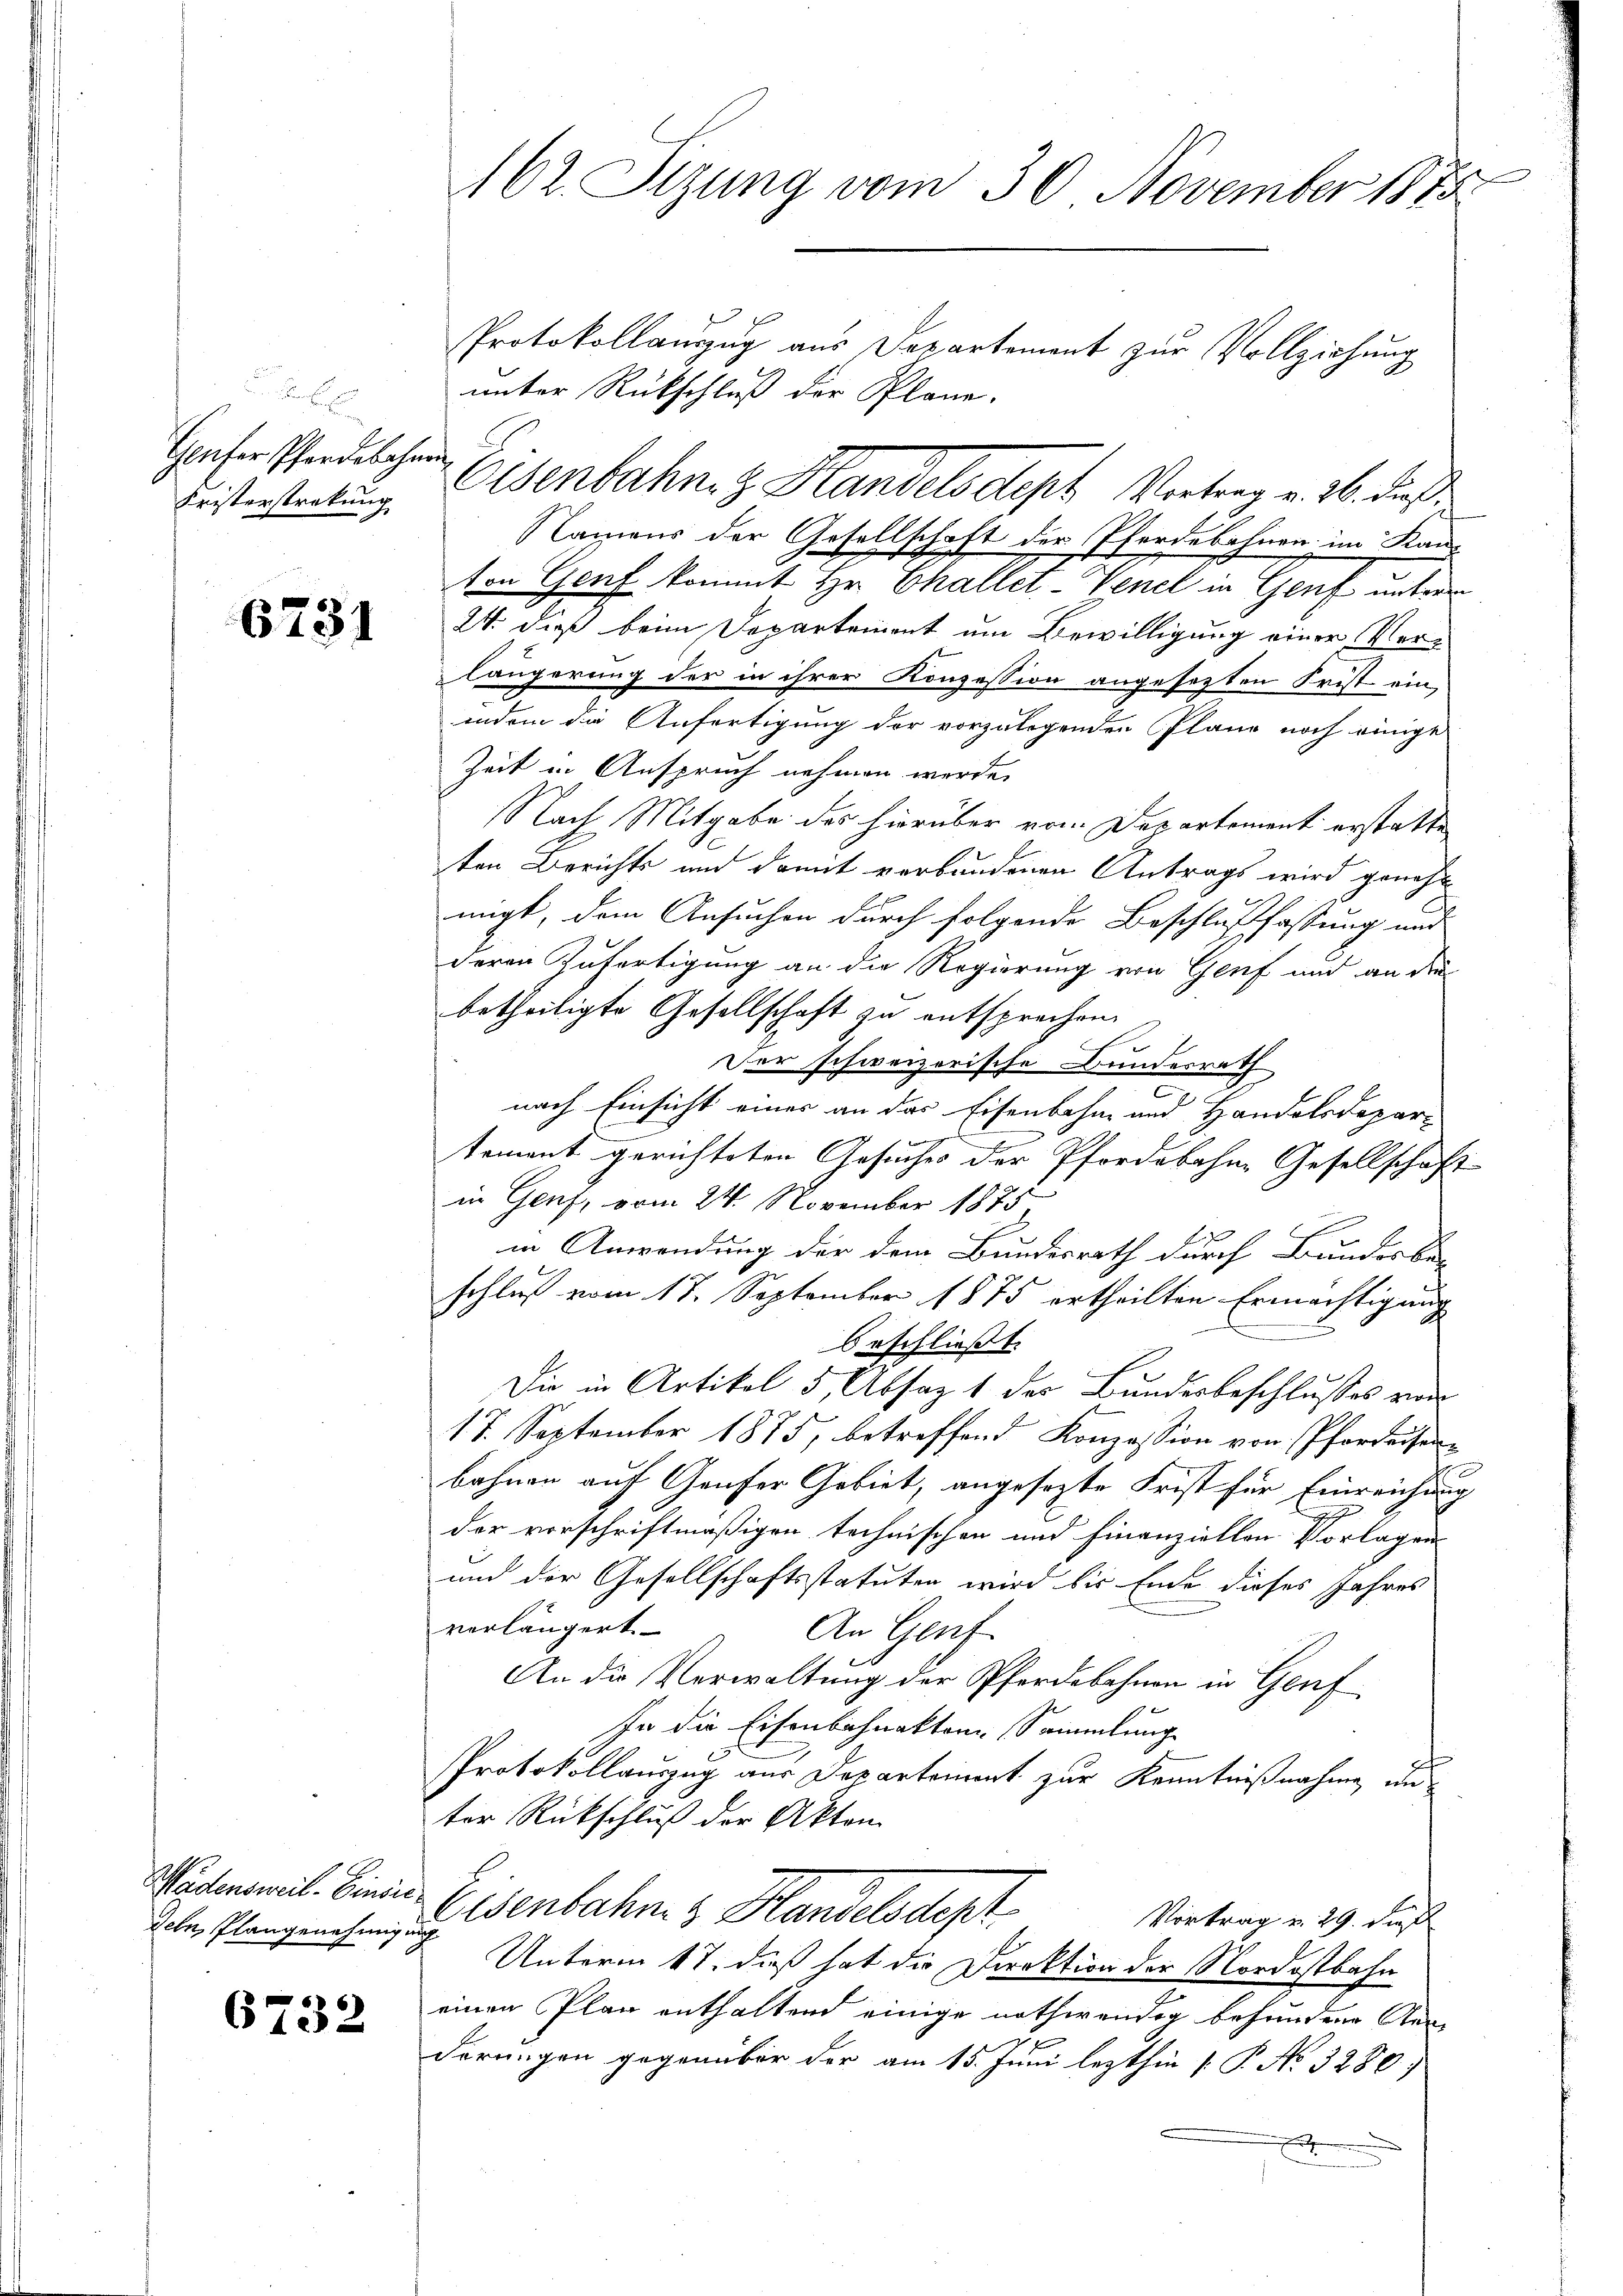
Haufer Pferdebahnen
Fristerstrakung

6731

deln, Plangenehmigung

6732

162 Sizung vom 30. November 1875
Protokollauzug aus Departement zur Vollziehung
unter Rückschluß der Pläne.

Namens der Gesellschaft der Pferdebahnen im Kan-
ton Genf kommt Hr. Challet-Venel in Genf unterr
24. dieß beim Departement um Bewilligung einer Verlängerung der in ihrer Konzession angesezten Frist ein,
indem die Anfertigung der vorzulegenden Plane noch einige
Zeit in Anspruch nehmen werde.
Nach Mitgabe des hierüber vom Departement erstatte
ten Berichts und damit verbundenen Antrags wird genohmigt, dem Ansuchen durch folgende Beschlußfassung und
deren Zufertigung an die Regierung von Genf und an die
betheiligte Gesellschaft zu entsprechen.
Der schweizerische Bundesrath
C.
nach Einsicht einer an das Eisenbahn- und Handelsdepar-
tement gerichteten Gesuches der Pferdebahne Gesellschaft
in Genf, vom 24. November 1875,
in Anwendung der dem Bundesrath durch Bundesbe-
schluß vom 17. September 1875 ertheilten Ermächtigung
.
beschließt:
Die in Artikel 5, Absag 1 des Bundesbeschlusses von
17. September 1875, betreffend Konzession von Pfarreisen-
bahnen auf Genfer Gebiet, angesezte Frist für Einreichung
der vorschriftmäßigen technischen und Finanziellen Vorlagen
und der Gesellschaftsstatuten wird bis Ende dieses Jahres
verlängert.
An Genf
An die Verwaltung der Pferdebahnen in Genf
In die Eisenbahnaktor Sammlung
Protokollauszug aus Departement zur Kenntnißnahme, un
ter Rückschluß der Akten
Wäden mit Einen Eisenbahn & Handelsdept
Vortrag u. 29. Ju
Unterm 17. dieß hat die Direktion der Nordostbahn
einen Plan enthaltend einige nothwendig behanden An-
derungen gegenüber der am 15. Juni lezthin [P. No. 3280

Osenbahn, z. Handelsdept Vertrag v. 26. dieß